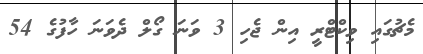
މެޗުގައި ވިކްޓްރީ އިން ޖެހި 3 ވަނަ ގޯލް ދެވަނަ ހާފުގެ 54